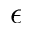
\epsilon